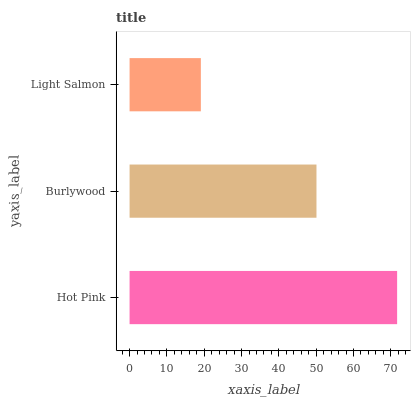
| yaxis_label | bars |
 | --- | --- |
 | Hot Pink | 71.7 |
 | Burlywood | 50.1 |
 | Light Salmon | 19.1 |